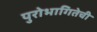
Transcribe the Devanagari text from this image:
पुरोभागितेची